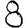
Digit: 8